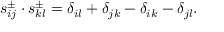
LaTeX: s _ { i j } ^ { \pm } \cdot s _ { k l } ^ { \pm } = \delta _ { i l } + \delta _ { j k } - \delta _ { i k } - \delta _ { j l } .